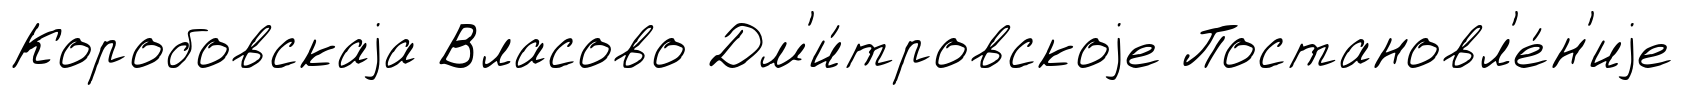
Коробовскаjа Власово Дм'и́тровскоjе Постановл'е́н'иjе